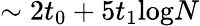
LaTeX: \sim 2t_{0}+5t_{1}\textrm{log}N